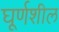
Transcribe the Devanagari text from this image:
घूर्णशील